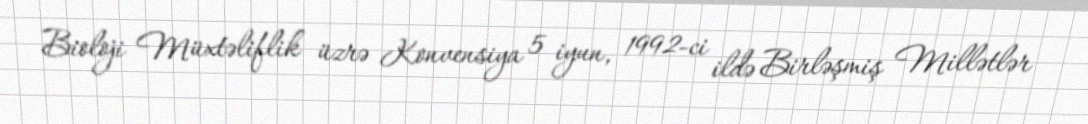
Bioloji Müxtəliflik üzrə Konvensiya 5 iyun, 1992-ci ildə Birləşmiş Millətlər